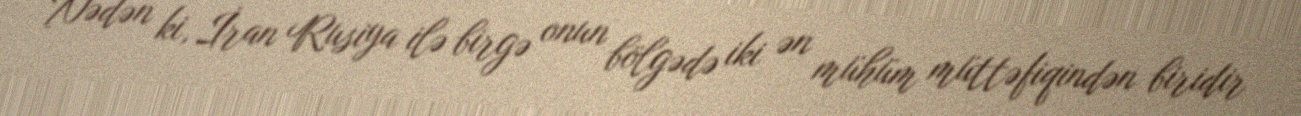
Nədən ki, İran Rusiya ilə birgə onun bölgədə iki ən mühüm müttəfiqindən biridir